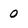
Character: 0